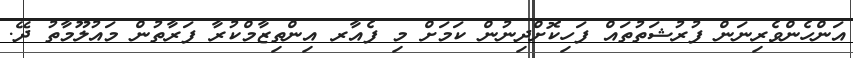
އަންހެންވެރިނަން ފުރުޝަތުތައް ފަހިކޮށްދިނުން ކަމަށް މި ފެއާރ އިންތިޒާމްކުރާ ފަރާތުން މައުލޫމާތު ދޭ.